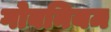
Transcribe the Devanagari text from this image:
गोबनियम